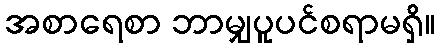
အစာရေစာ ဘာမျှပူပင်စရာမရှိ။